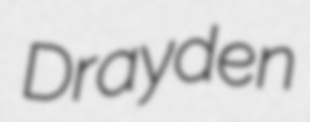
Drayden